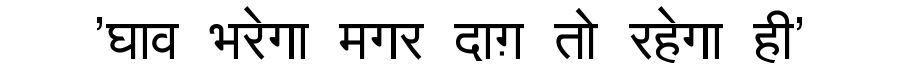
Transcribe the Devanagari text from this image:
'घाव भरेगा मगर दाग़ तो रहेगा ही'